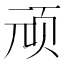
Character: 顽